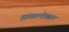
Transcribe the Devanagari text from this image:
ह्यांखालोखाल